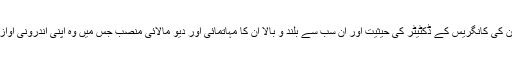
ان کی ذاتی حیثیت‘ ان کی کانگریس کے ڈکٹیٹر کی حیثیت اور ان سب سے بلند و بالا ان کا مہاتمائی اور دیو مالائی منصب جس میں وہ اپنی اندرونی آواز پر عمل کرتے ہیں۔